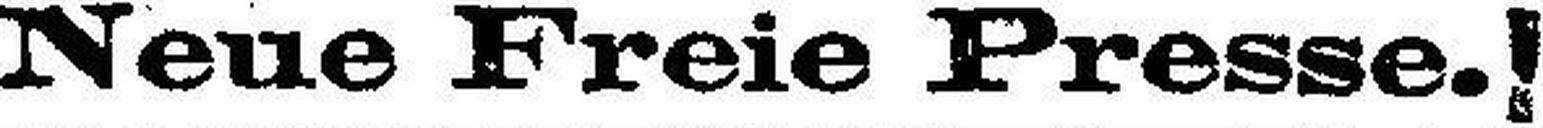
Neue Freie Presse.!